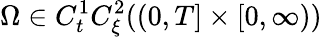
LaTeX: \Omega\in C_{t}^{1}C_{\xi}^{2}((0,T]\times[0,\infty))